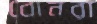
বোনরা